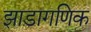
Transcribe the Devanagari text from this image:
झाडागणिक